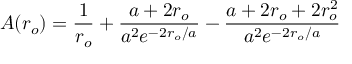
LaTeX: A ( r _ { o } ) = { \frac { 1 } { r _ { o } } } + { \frac { a + 2 r _ { o } } { a ^ { 2 } e ^ { - 2 r _ { o } / a } } } - { \frac { a + 2 r _ { o } + 2 r _ { o } ^ { 2 } } { a ^ { 2 } e ^ { - 2 r _ { o } / a } } }